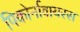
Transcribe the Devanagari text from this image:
पिकोर्नावायरस